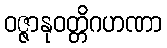
ဝဇ္ဇာနုဝတ္တိဂဟဏာ